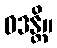
ဝဒန္တိ။